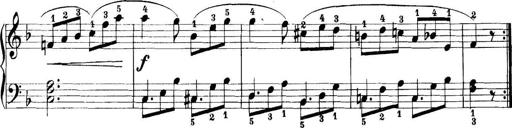
Title: 11 Sonatinas
Composer: Anton Diabelli